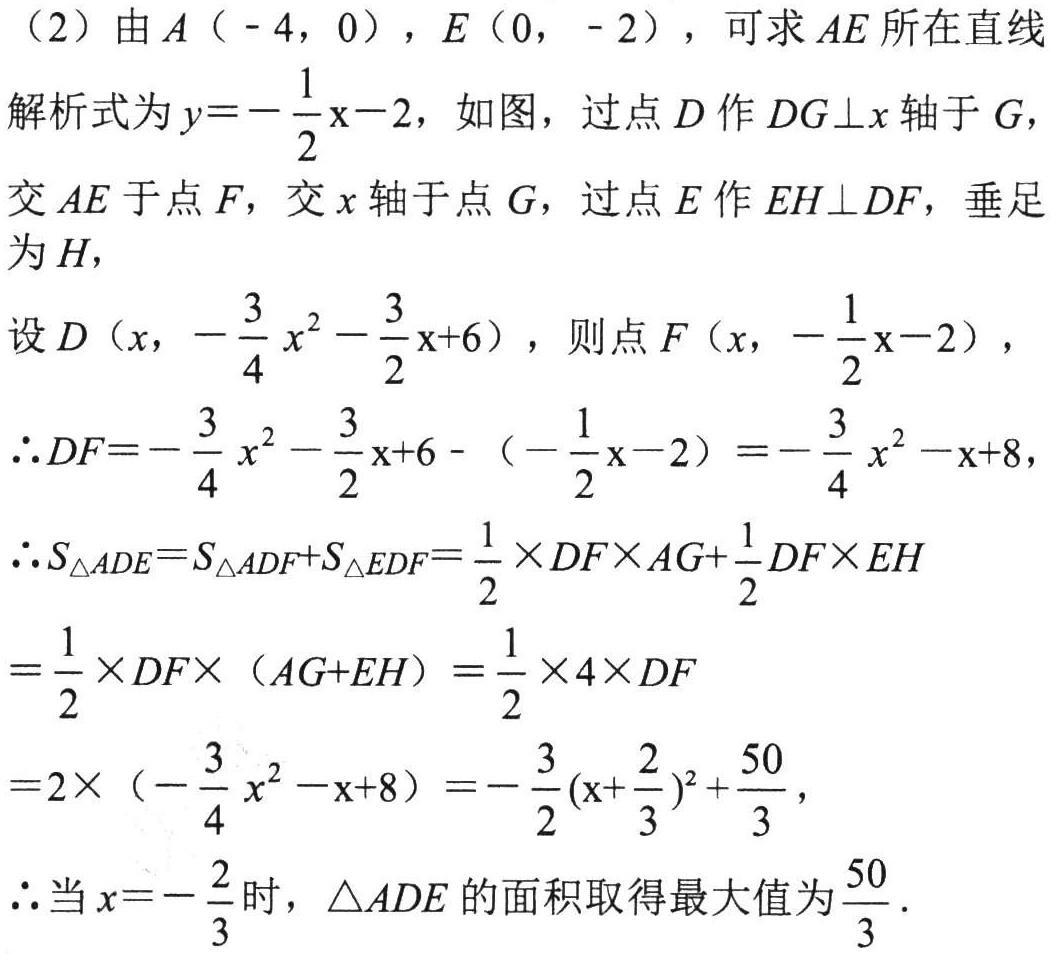
（2）由\(A（ - 4，0）\)，\(E（0， - 2）\)，可求 \(AE\) 所在直线

解析式为\(y = - \frac{1}{2}x - 2\)，如图，过点 \(D\) 作 \(DG\bot x\) 轴于 \(G\)，

交 \(AE\) 于点 \(F\)，交 \(x\) 轴于点 \(G\)，过点 \(E\) 作 \(EH\bot DF\)，垂足

为 \(H\)，

设\(D（x， - \frac{3}{4}x^{2} - \frac{3}{2}x + 6）\)，则点\(F（x， - \frac{1}{2}x - 2）\)，

\(\therefore DF= - \frac{3}{4}x^{2} - \frac{3}{2}x + 6 - （ - \frac{1}{2}x - 2）= - \frac{3}{4}x^{2} - x + 8\)，

\(\therefore S_{\triangle ADE}=S_{\triangle ADF}+S_{\triangle EDF}=\frac{1}{2} \times DF\times AG+\frac{1}{2}DF\times EH\)

\(=\frac{1}{2} \times DF\times （AG + EH）=\frac{1}{2} \times 4\times DF\)

\(=2\times （ - \frac{3}{4}x^{2} - x + 8）= - \frac{3}{2}(x + \frac{2}{3})^{2}+\frac{50}{3}\)，

\(\therefore\)当\(x = - \frac{2}{3}\)时，\(\triangle ADE\) 的面积取得最大值为\(\frac{50}{3}\)．